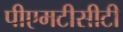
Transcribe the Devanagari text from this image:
पीएमटीसीटी